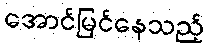
အောင်မြင်နေသည့်